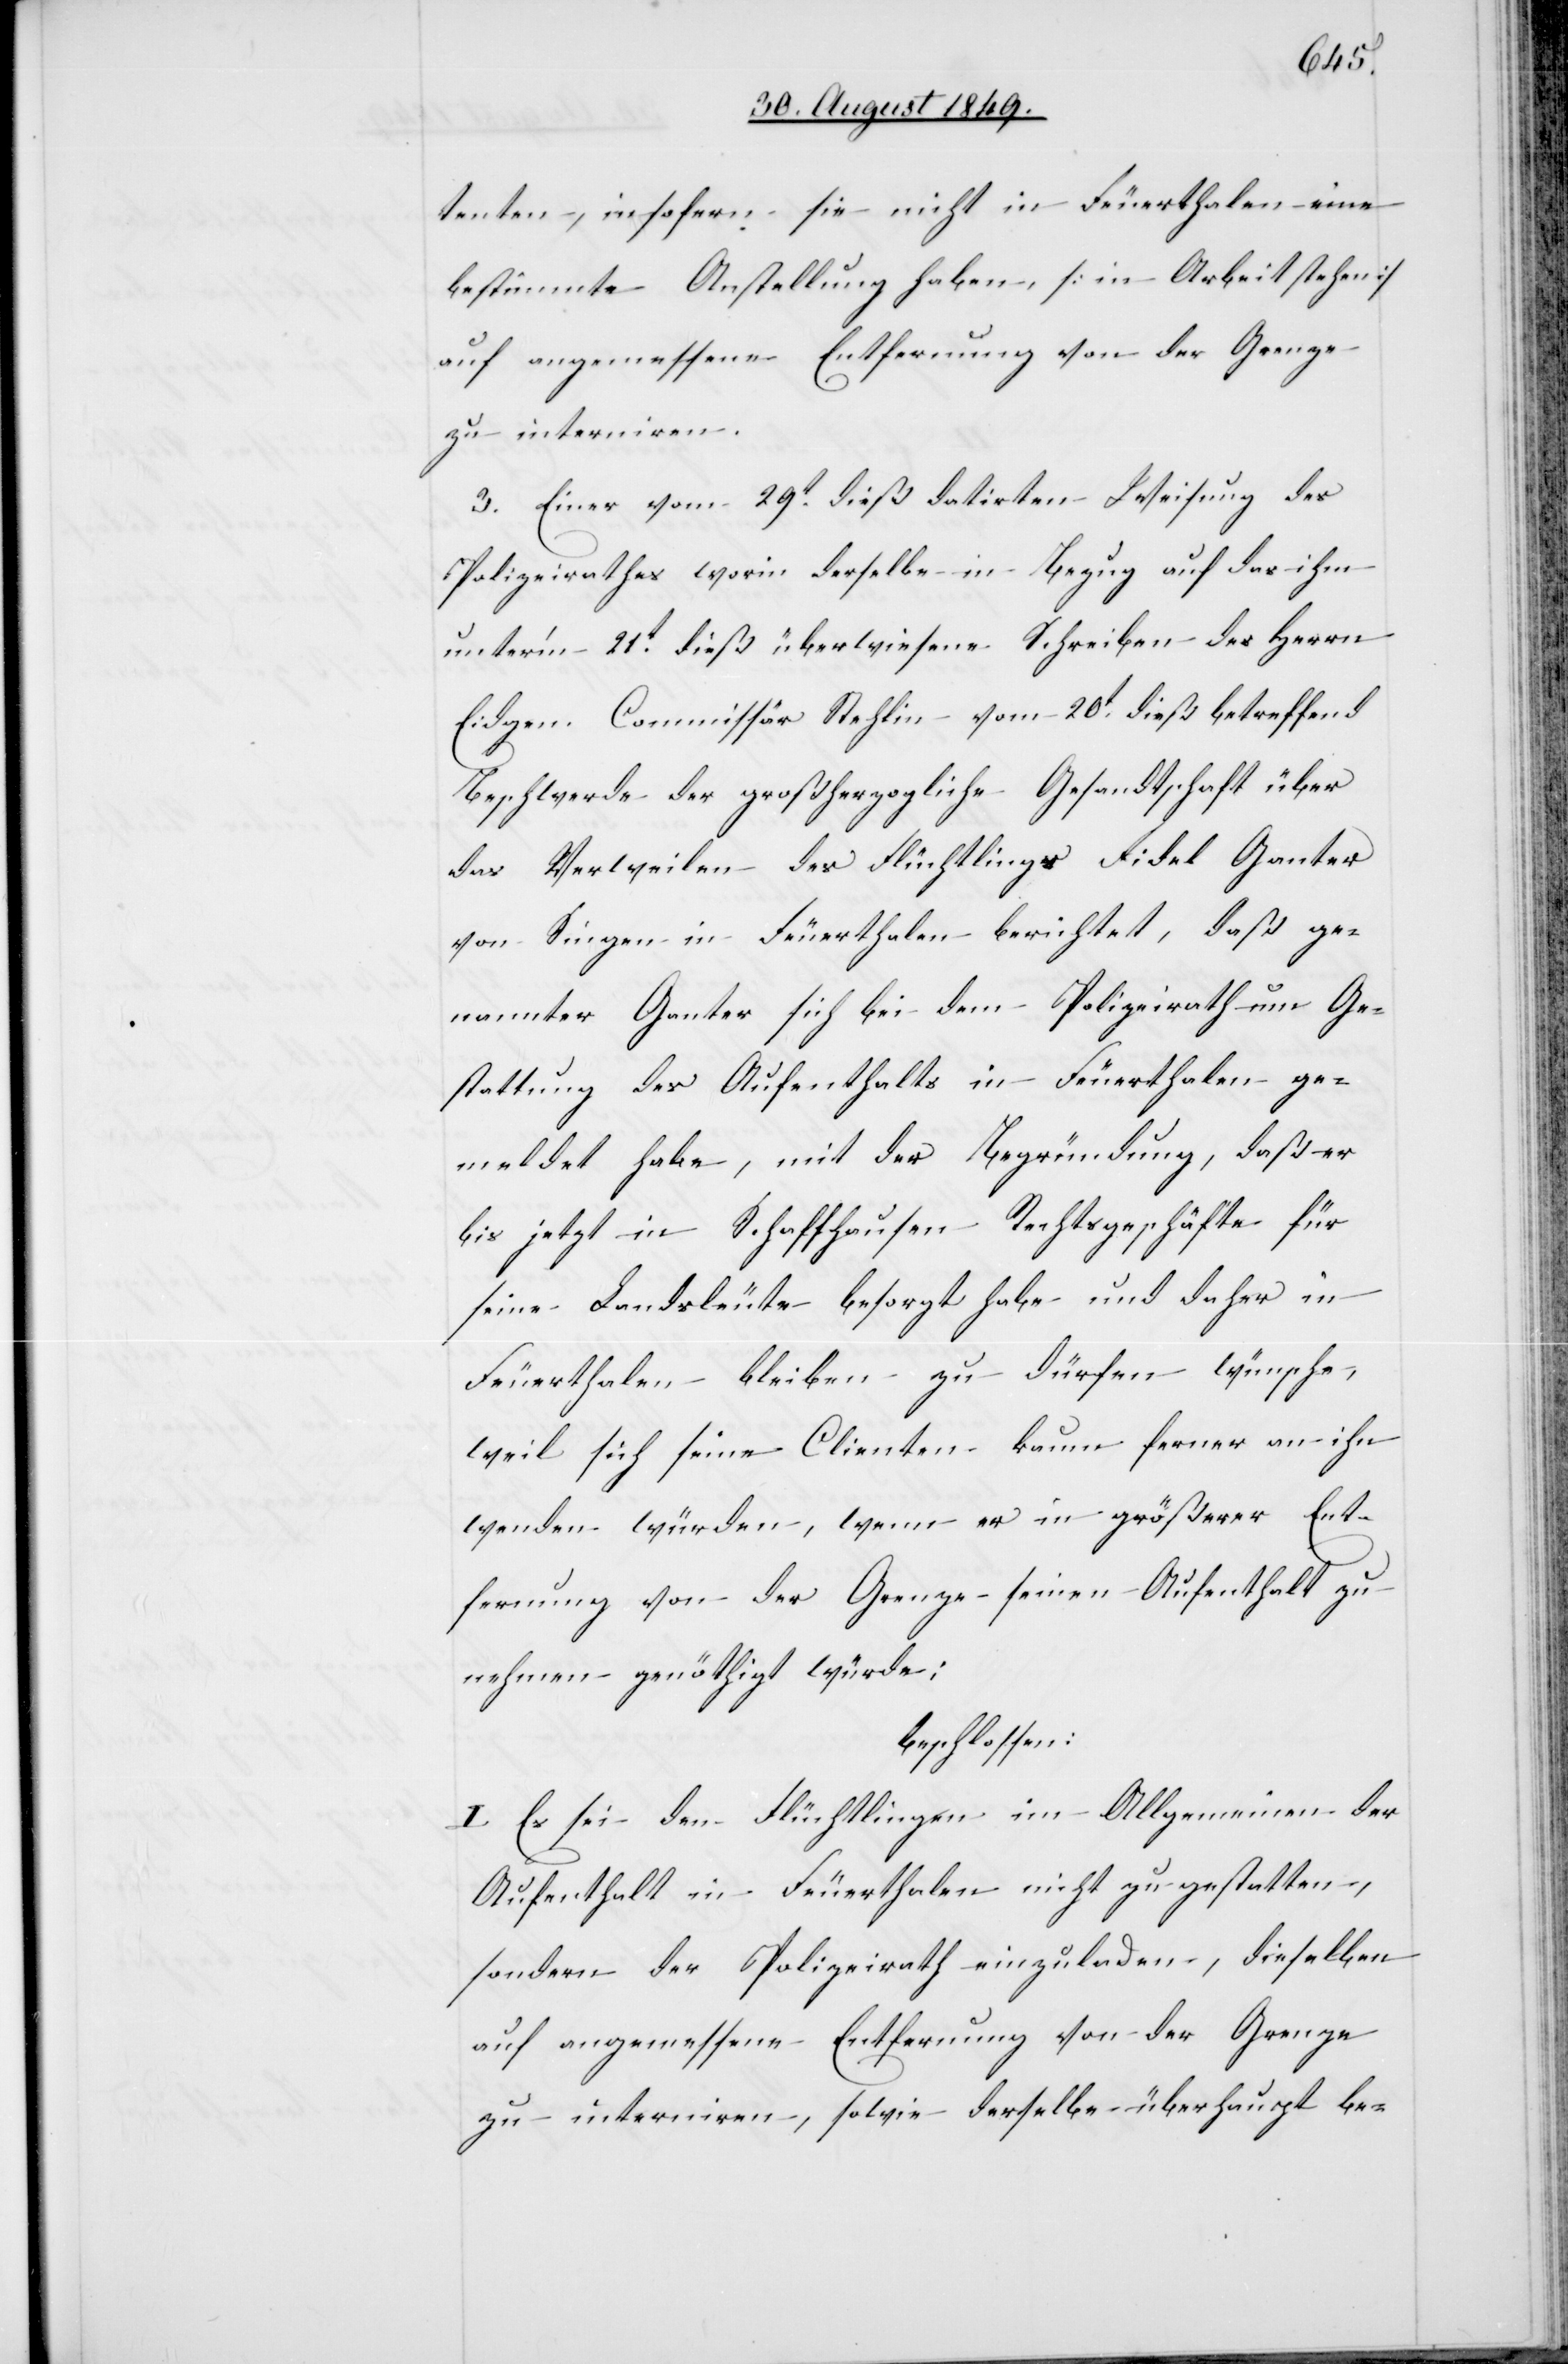
tenten, insofern sie nicht in Feuerthalen eine
bestimmte Anstellung haben, [in Arbeit stehen]
auf angemessene Entfernung von der Grenze
zu interniren.
3. Einer vom 29t dieß datirten Weisung des
Polizeirathes worin derselbe in Bezug auf das ihm
unter’m 21t dieß überwiesene Schreiben des Herrn
Eidgen. Commissär Stehlin vom 20t dieß betreffend
Beschwerde der großherzogliche[n] Gesandtschaft über
das Verweilen des Flüchtlings Fidel Ganter
von Singen in Feuerthalen berichtet, daß ge¬
nannter Ganter sich bei dem Polizeirath um Ge¬
stattung des Aufenthalts in Feuerthalen ge¬
meldet habe, mit der Begründung, daß er
bis jetzt in Schaffhausen Rechtsgeschäfte für
seine Landsleute besorgt habe und daher in
Feuerthalen bleiben zu dürfen wünsche,
weil sich seine Clienten kaum ferner an ihn
wenden würden, wenn er in größerer Ent¬
fernung von der Grenze seinen Aufenthalt zu
nehmen genöthigt würde:
beschlossen:
I. Es sei den Flüchtlingen im Allgemeinen der
Aufenthalt in Feuerthalen nicht zu gestatten,
sondern der Polizeirath einzuladen, dieselben
auf angemessene Entfernung von der Grenze
zu interniren, sowie derselbe überhaupt be-